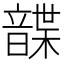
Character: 𩐱